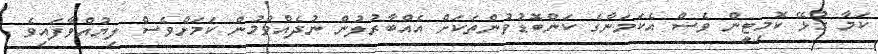
ކަމާ ގުޅޭ ކޮމިޓީން ވެސް އެކަމަނާގެ ކަންބޮޑުވުންތަކަށް އެއްބާރުލުން ނުދެއްވުމުން ކަމަށްވެސް ލިޔުއްވާފައިވެ